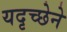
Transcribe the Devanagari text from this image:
यदृच्छेने